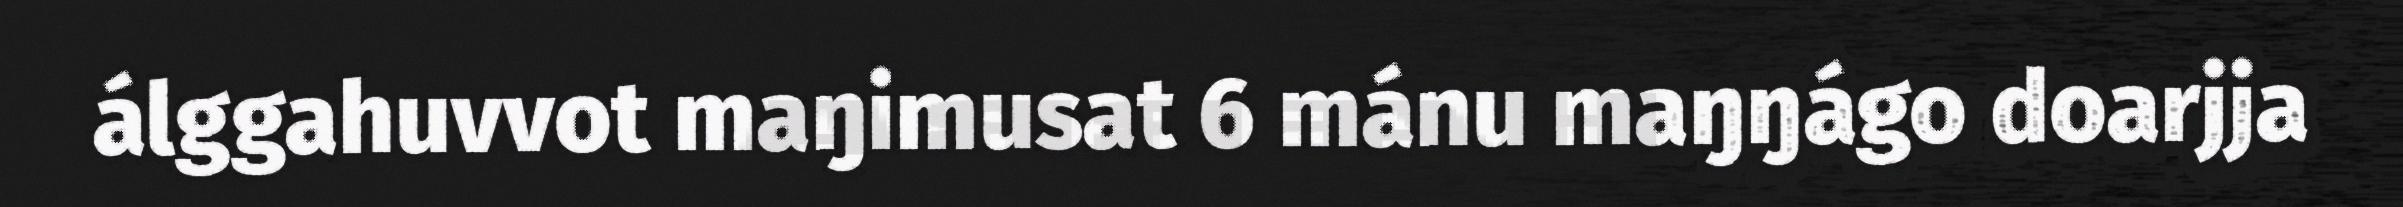
álggahuvvot maŋimusat 6 mánu maŋŋágo doarjja